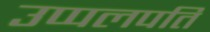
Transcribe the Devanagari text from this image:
उप्पलपति